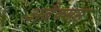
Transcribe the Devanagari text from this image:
अब्रैक्सस